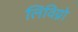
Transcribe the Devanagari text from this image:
लिविग्नो